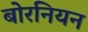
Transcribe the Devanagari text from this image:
बोरनियन